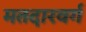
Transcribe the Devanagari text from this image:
मतदारवर्ग